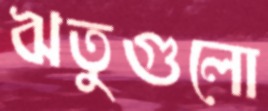
ঋতুগুলো